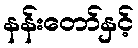
နန်းတော်နှင့်